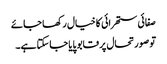
صفائی ستھرائی کا خیال رکھا جائے
تو صورتحال پر قابو پایا جاسکتا ہے۔